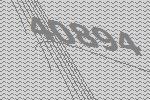
40894